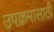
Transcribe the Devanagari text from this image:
उपक्रमासाठी